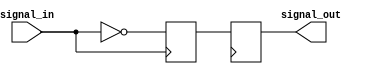
module inverter_delay (
    input wire signal_in,
    output reg signal_out
);

reg delayed_signal;

always @ (posedge signal_in)
begin
    // Apply inverter delay
    delayed_signal <= ~signal_in;
end

// Synchronize the delayed signal with other signals in the circuit
always @ (posedge clk)
begin
    signal_out <= delayed_signal;
end

endmodule